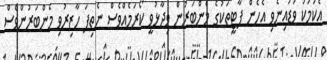
އެކަމަކު ވަޑައިނެވި އެހެން ޕާޓީތަކުގެ މެންބަރުން ވިދާޅުވީ ކޯރަމެއްވެސް ނެތިފަ ހާޒިރުވި މެންބަރުންވެސް